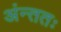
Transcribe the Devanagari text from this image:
अंन्ततः